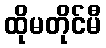
ထိုမတိုင်မီ